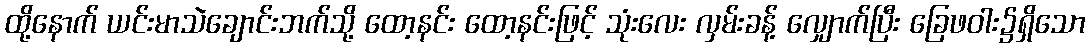
ထို့နောက် ယင်းမာသဲချောင်းဘက်သို့ ထော့နင်း ထော့နင်းဖြင့် သုံးလေး လှမ်းခန့် လျှောက်ပြီး ခြေဖဝါး၌ရှိသော